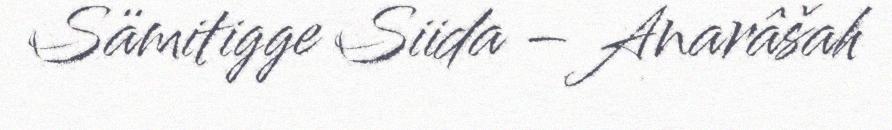
Sämitigge Siida – Anarâšah